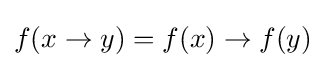
f(x\to y)=f(x)\to f(y)